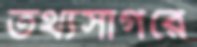
তথ্যসাগরে